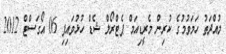
މުއްދަތު ހަމަވުމުގެ ކުރިން މެރީޑިއަމް ޕެޓްރޯލް ޝެޑް ހުޅުވައިފި 06 އޯގަސްޓް 2012